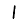
Digit: 1